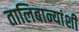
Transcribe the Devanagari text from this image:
तालिबान्यांशी